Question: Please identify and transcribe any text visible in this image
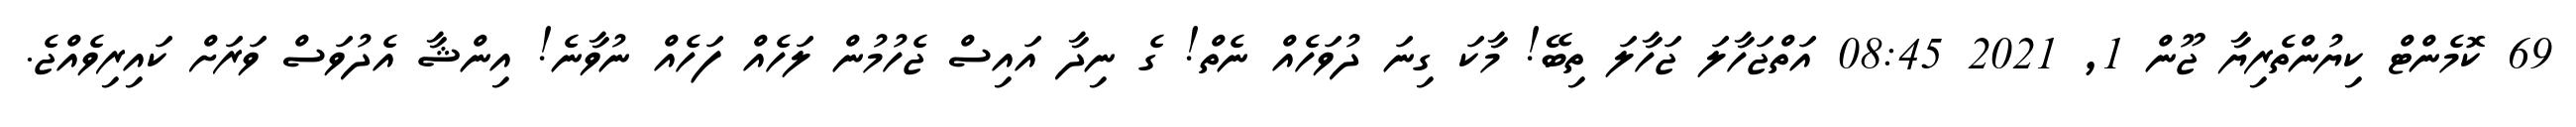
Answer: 69 ކޮމެންޓް ކިޔުންތެރިޔާ ޖޫން 1, 2021 08:45 އަތްޖަހާލަ ޖަހާލަ ތިބޭ! މާކަ ގިނަ ދުވަހެއް ނެތް! ގެ ނިދާ އައިސް ޖެހުމުން ލަހެއް ފަހެއް ނުވާނެ! އިންޝާ އެދުވަސް ވަރަށް ކައިރިވެއްޖެ.